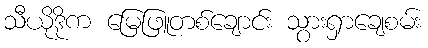
သီယိုဒိုက မြေဖြူတစ်ချောင်း သွားရှာချေစမ်း